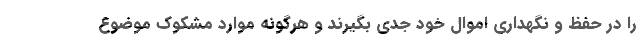
را در حفظ و نگهداری اموال خود جدی بگیرند و هرگونه موارد مشکوک موضوع